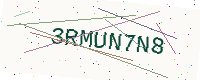
Text: 3RMUN7N8